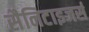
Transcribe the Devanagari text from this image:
सैनिटाइजर्स